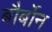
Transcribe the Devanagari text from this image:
बौर्बोन